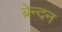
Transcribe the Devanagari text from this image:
ब्रेन्दन